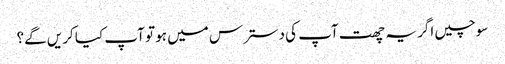
سوچیں اگر یہ چھت آپ کی دسترس میں ہو تو آپ کیا کریں گے؟